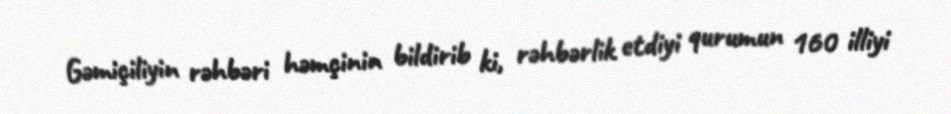
Gəmiçiliyin rəhbəri həmçinin bildirib ki, rəhbərlik etdiyi qurumun 160 illiyi